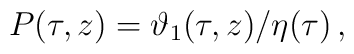
P(\tau,z)=\vartheta_1(\tau,z)/\eta(\tau)\,,